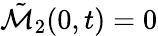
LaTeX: \tilde{\mathcal{M}}_{2}(0,t)=0